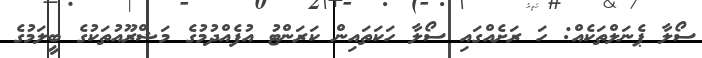
ސޯލާ ޕެނަލްތަކެއް: ހަ ރަށެއްގައި ސޯލާ ހަކަތައިން ކަރަންޓު އުފެއްދުމުގެ މަޝްރޫއުތަކުގެ ބީލަމުގެ